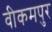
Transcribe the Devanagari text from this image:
वीकमपुर